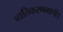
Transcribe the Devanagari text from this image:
व्यतिकरणमापी।